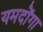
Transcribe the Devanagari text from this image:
यमदोंगा